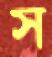
স